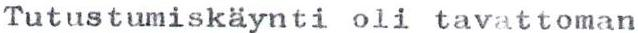
Tutustumiskäynti oli tavattoman